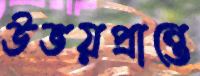
উভয়প্রান্তে